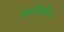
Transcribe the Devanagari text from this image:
फेरिये।।